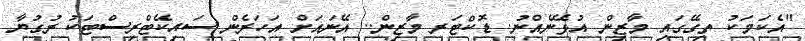
"އެކަމަކު ތިގޭގައި މާޒިން އުޅޭނެއްނު. ޑޮކްޓަރ މާޒިން.. އޭނައަށް އަހަރެން ސައިކޭޓްރިސްޓަކު ރުގުޔާ